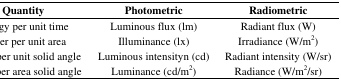
<table><thead><tr><td><b>Quantity</b></td><td><b>Photometric</b></td><td><b>Radiometric</b></td></tr></thead><tbody><tr><td>Energy per unit time</td><td>Luminous flux (lm)</td><td>Radiant flux (W)</td></tr><tr><td>Power per unit area</td><td>Illuminance (lx)</td><td>Irradiance (W/m<sup>2</sup>)</td></tr><tr><td>Power per unit solid angle</td><td>Luminous intensityn (cd)</td><td>Radiant intensity (W/sr)</td></tr><tr><td>Power per area solid angle</td><td>Luminance (cd/m<sup>2</sup>)</td><td>Radiance (W/m<sup>2</sup>/sr)</td></tr></tbody></table>